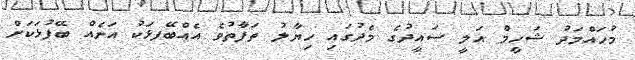
މުހައްމަދު ޝަހީމް އަލީ ސައީދުގެ މެދުގައި ހިޔާލު ތަފާތުވެ އެއްބޭފޅަކު އަނެއް ބޭފުޅަކަށް